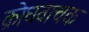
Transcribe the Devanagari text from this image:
क्रोधवाचक